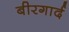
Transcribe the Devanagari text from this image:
बीरगार्द